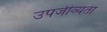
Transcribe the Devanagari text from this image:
उपजीव्यता